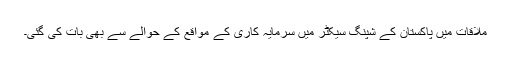
ملاقات میں پاکستان کے شپنگ سیکٹر میں سرمایہ کاری کے مواقع کے حوالے سے بھی بات کی گئی۔